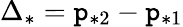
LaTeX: \Delta_{*}=\mathtt{p}_{*2}-\mathtt{p}_{*1}